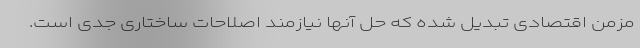
مزمن اقتصادی تبدیل شده که حل آنها نیازمند اصلاحات ساختاری جدی است.